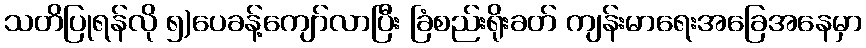
သတိပြုရန်လို ၅)ပေခန့်ကျော်လာပြီး ခြံစည်းရိုးခတ် ကျန်းမာရေးအခြေအနေမှာ